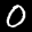
Label: 0